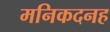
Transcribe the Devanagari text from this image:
मनिकदनह